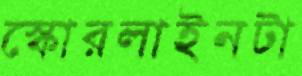
স্কোরলাইনটা